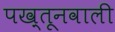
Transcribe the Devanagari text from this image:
पख़्तूनवाली